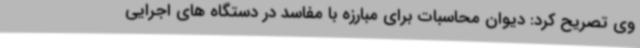
وی تصریح کرد: دیوان محاسبات برای مبارزه با مفاسد در دستگاه های اجرایی